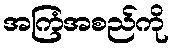
အကြံအစည်ကို